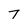
Character: 7